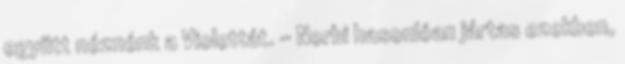
együtt néznénk a Violettát. - Norbi hasonlóan jártas ezekben,